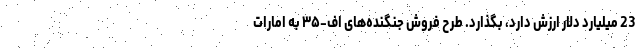
23 میلیارد دلار ارزش دارد، بگذارد. طرح فروش جنگنده‌های اف-۳۵ به امارات